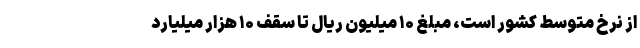
از نرخ متوسط کشور است، مبلغ ۱۰ میلیون ریال تا سقف ۱۰ هزار میلیارد